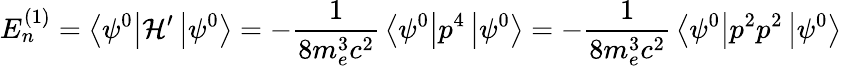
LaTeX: E_{n}^{(1)}=\left\langle\psi^{0}\right\vert{\mathcal{H}}^{\prime}\left\vert\psi^{0}\right\rangle=-{\frac{1}{8m_{e}^{3}c^{2}}}\left\langle\psi^{0}\right\vert p^{4}\left\vert\psi^{0}\right\rangle=-{\frac{1}{8m_{e}^{3}c^{2}}}\left\langle\psi^{0}\right\vert p^{2}p^{2}\left\vert\psi^{0}\right\rangle